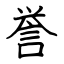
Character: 誉